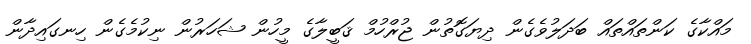
މައްކާގެ ކަންތައްތައް ބަދަލުވެގެން ދިޔަގޮތުން ޖުރްހުމް ޤަބީލާގެ މީހުން ޝަހަރުން ނިކުމެގެން ހިނގައިދާން